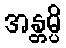
အန္တမ္ပိ